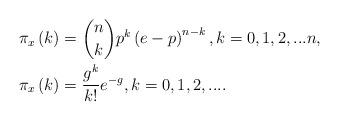
LaTeX: \begin{align*}\pi_{x}\left( k\right) & =\dbinom{n}{k}p^{k}\left( e-p\right)^{n-k},k=0,1,2,...n,\\\pi_{x}\left( k\right) & =\dfrac{g^{k}}{k!}e^{-g},k=0,1,2,....\end{align*}